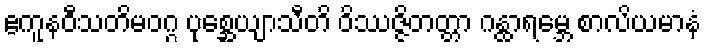
ဧကူနဝီသတိမဝဂ္ဂ ပုစ္ဆေယျာသီတိ ဝိဿဇ္ဇိတတ္တာ ဂန္ထာရမ္ဘေ စာလိယမာနံ